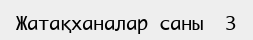
Жатақханалар саны 	3